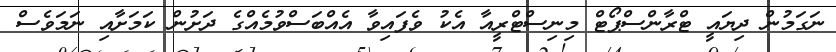
ނަގަމުން ދިޔައީ ޓްރާންސްޕޯޓް މިނިސްޓްރީއާ އެކު ވެފައިވާ އެއްބަސްވުމެއްގެ ދަށުން ކަމަށާއި ނަމަވެސް